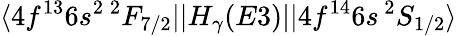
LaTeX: \langle 4f^{13}6s^{2}\, ^{2}F_{7/2}||H_{\gamma}(E3)||4f^{14}6s\, ^{2}S_{1/2}\rangle